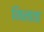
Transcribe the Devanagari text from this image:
निनावा